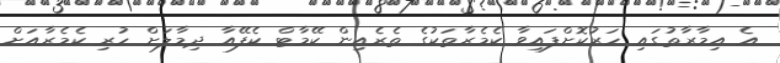
އެ އިމާރާތުގައި ހަރުކޮށްފައިވާ ކެމެރާތަކުގެ ތެރެއިން ކޭމާޓް ކެފޭއާ ދިމާލަށް ހުރި ކެމެރާއަށް